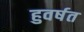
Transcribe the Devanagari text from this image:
हुवर्षत